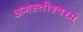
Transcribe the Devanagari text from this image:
अगस्तीश्वरम्